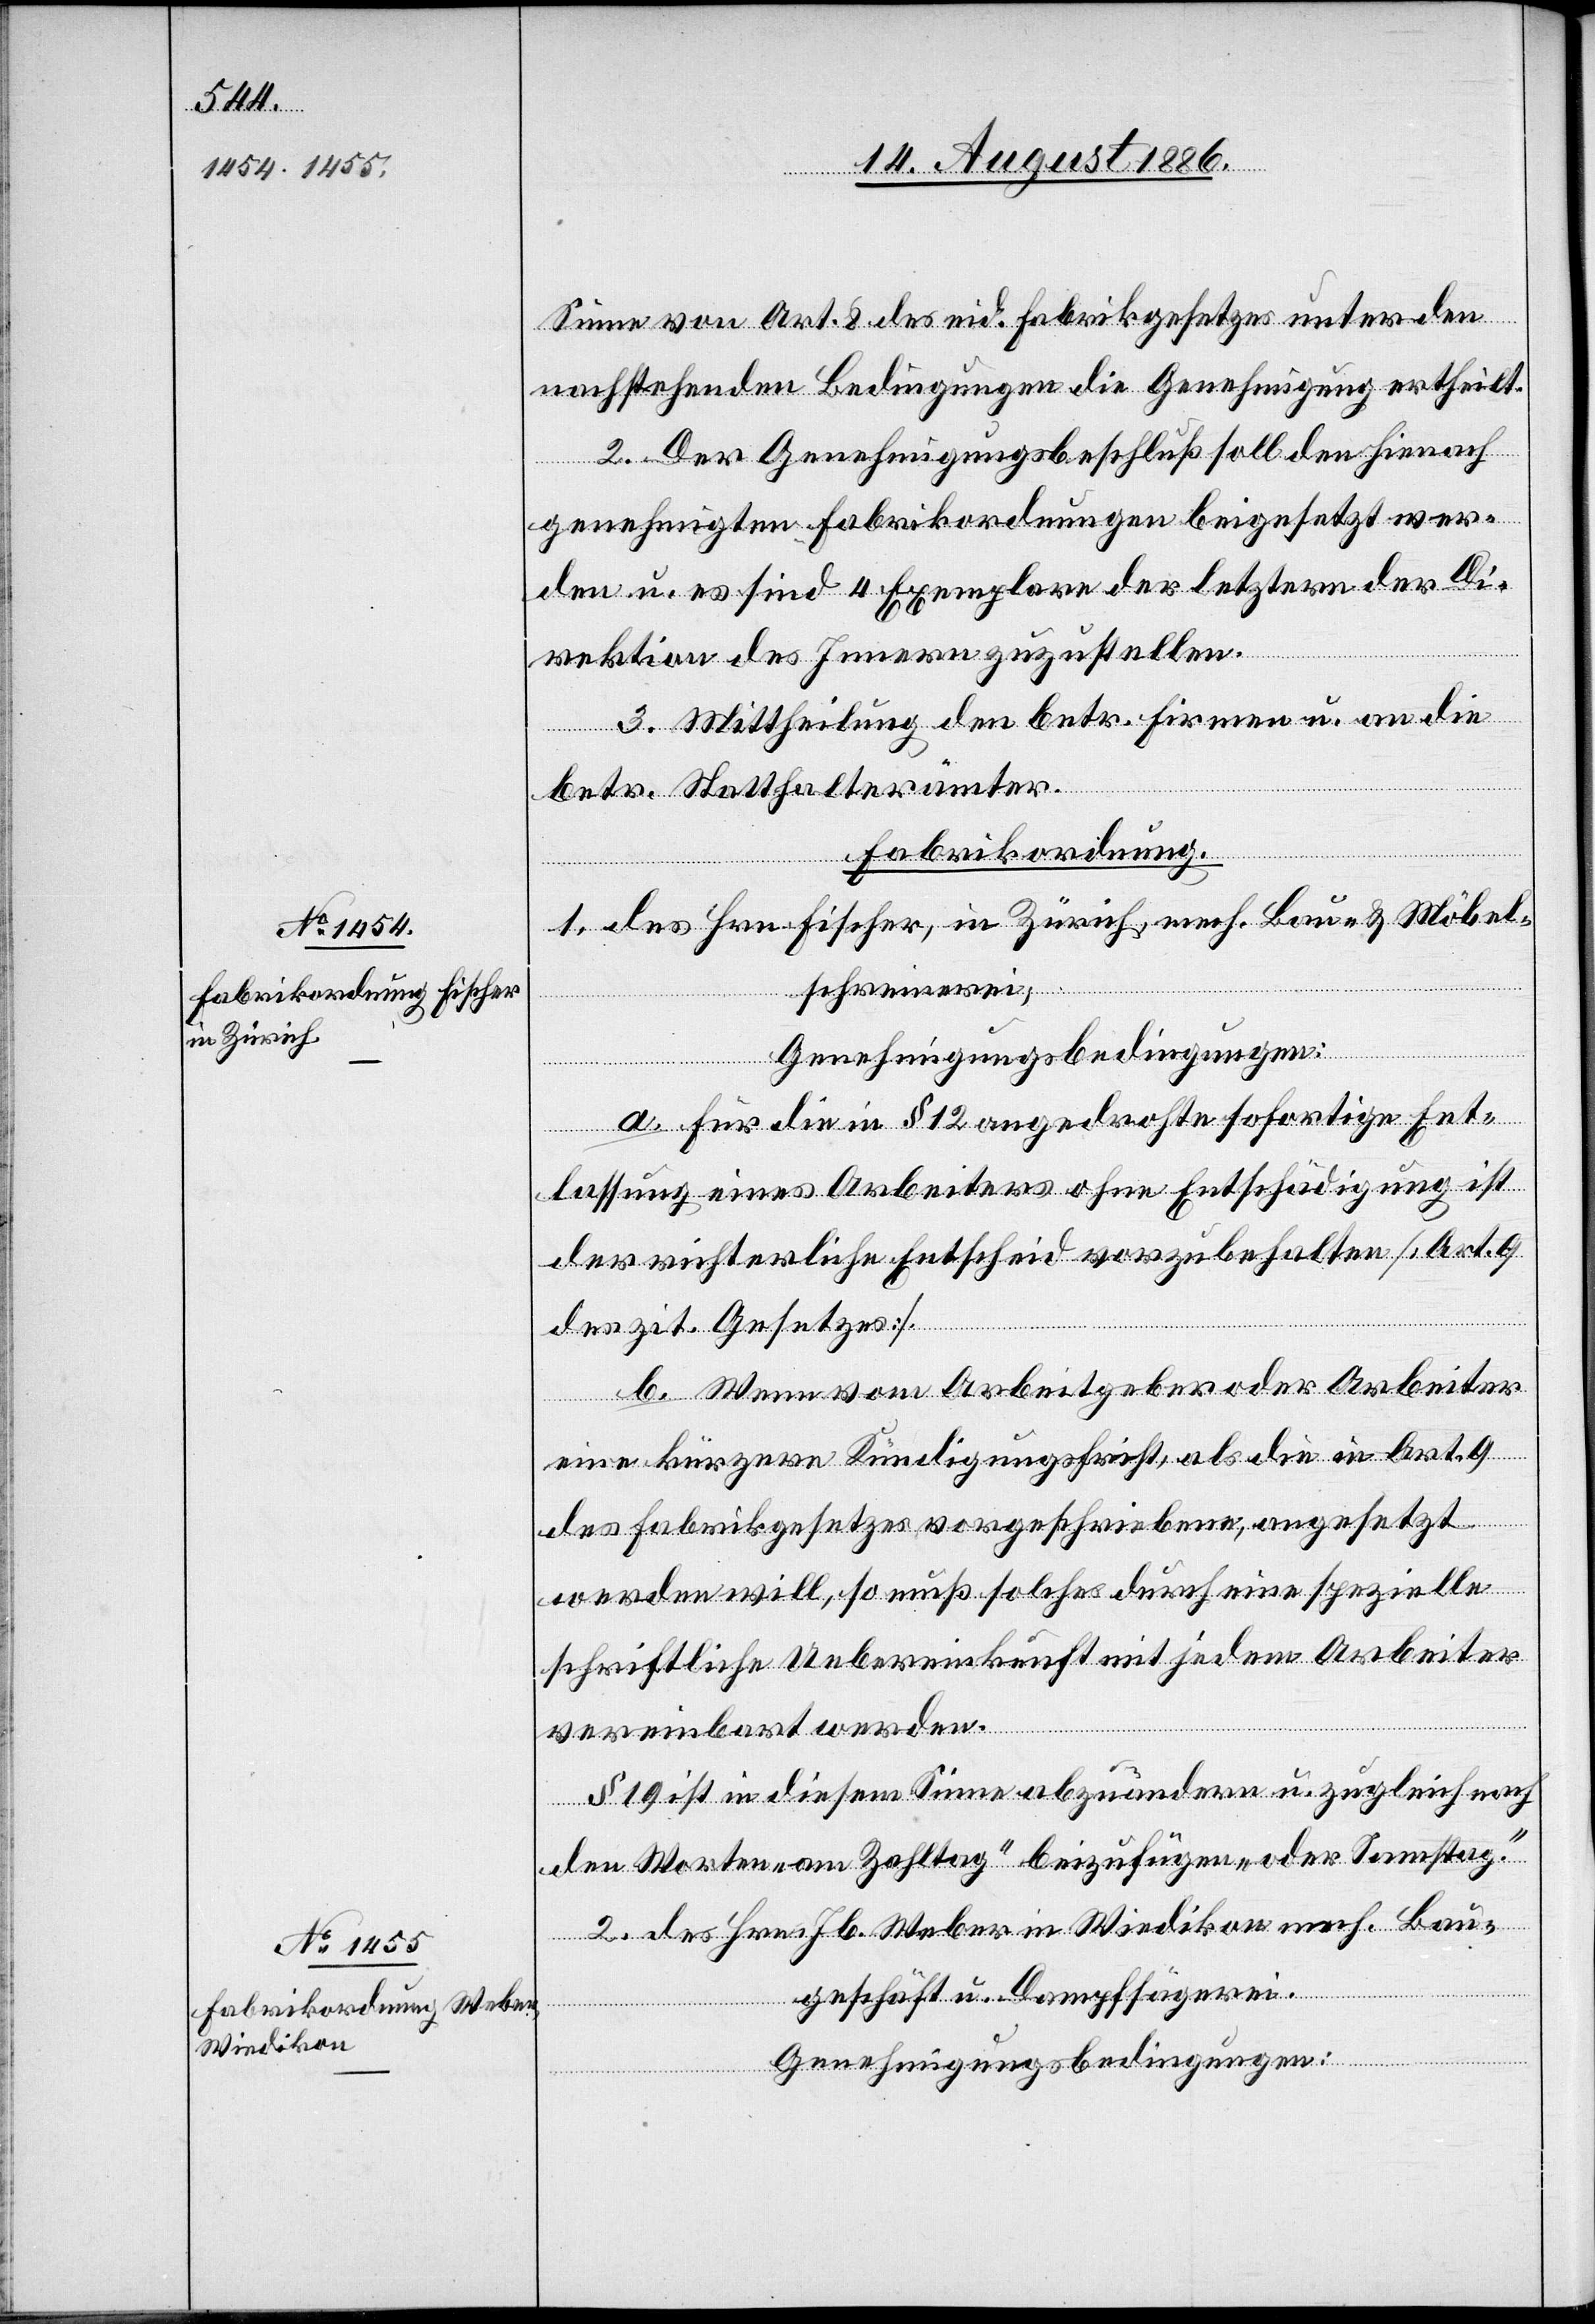
Sinne von Art. 2 des eid. Fabrikgesetzes unter den
nachstehenden Bedingungen die Genehmigung ertheilt.
2. Der Genehmigungsbeschluß soll den hienach
genehmigten Fabrikordnungen beigesetzt wer¬
den u. es sind 4 Exemplare der letztern der Di¬
rektion des Innern zuzustellen.
3. Mittheilung den betr. Firmen u. an die
betr. Statthalterämter.
Fabrikordnung.
1. Des Hrn. Fischer, in Zürich, mech. Bau- & Möbel¬
schreinerei.
Genehmigungsbedingungen:
a. Für die in § 12 angedrohte sofortige Ent¬
lassung eines Arbeiters ohne Entschädigung ist
der richterliche Entscheid vorzubehalten [Art. 9
des zit. Gesetzes].
b. Wenn vom Arbeitgeber oder Arbeiter
eine kürzere Kündigungsfrist, als die in Art. 9
des Fabrikgesetzes vorgeschriebene, angesetzt
werden will, so muß solches durch eine spezielle
schriftliche Uebereinkunft mit jedem Arbeiter
vereinbart werden.
§ 19 ist in diesem Sinne abzuändern u. zugleich nach
den Worten „am Zahltag“ beizufügen „oder Samstag“.
2. Des Hrn. Jb. Weber in Wiedikon mech. Bau¬
geschäft u. Dampfsägerei.
Genehmigungsbedingungen: